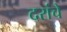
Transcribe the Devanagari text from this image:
दरांचे